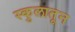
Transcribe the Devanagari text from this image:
स्कुलातून